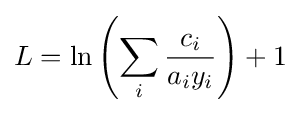
L=\ln \left({\sum _{i}{\frac {c_{i}}{a_{i}y_{i}}}}\right)+1